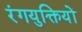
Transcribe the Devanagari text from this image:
रंगयुक्तियों